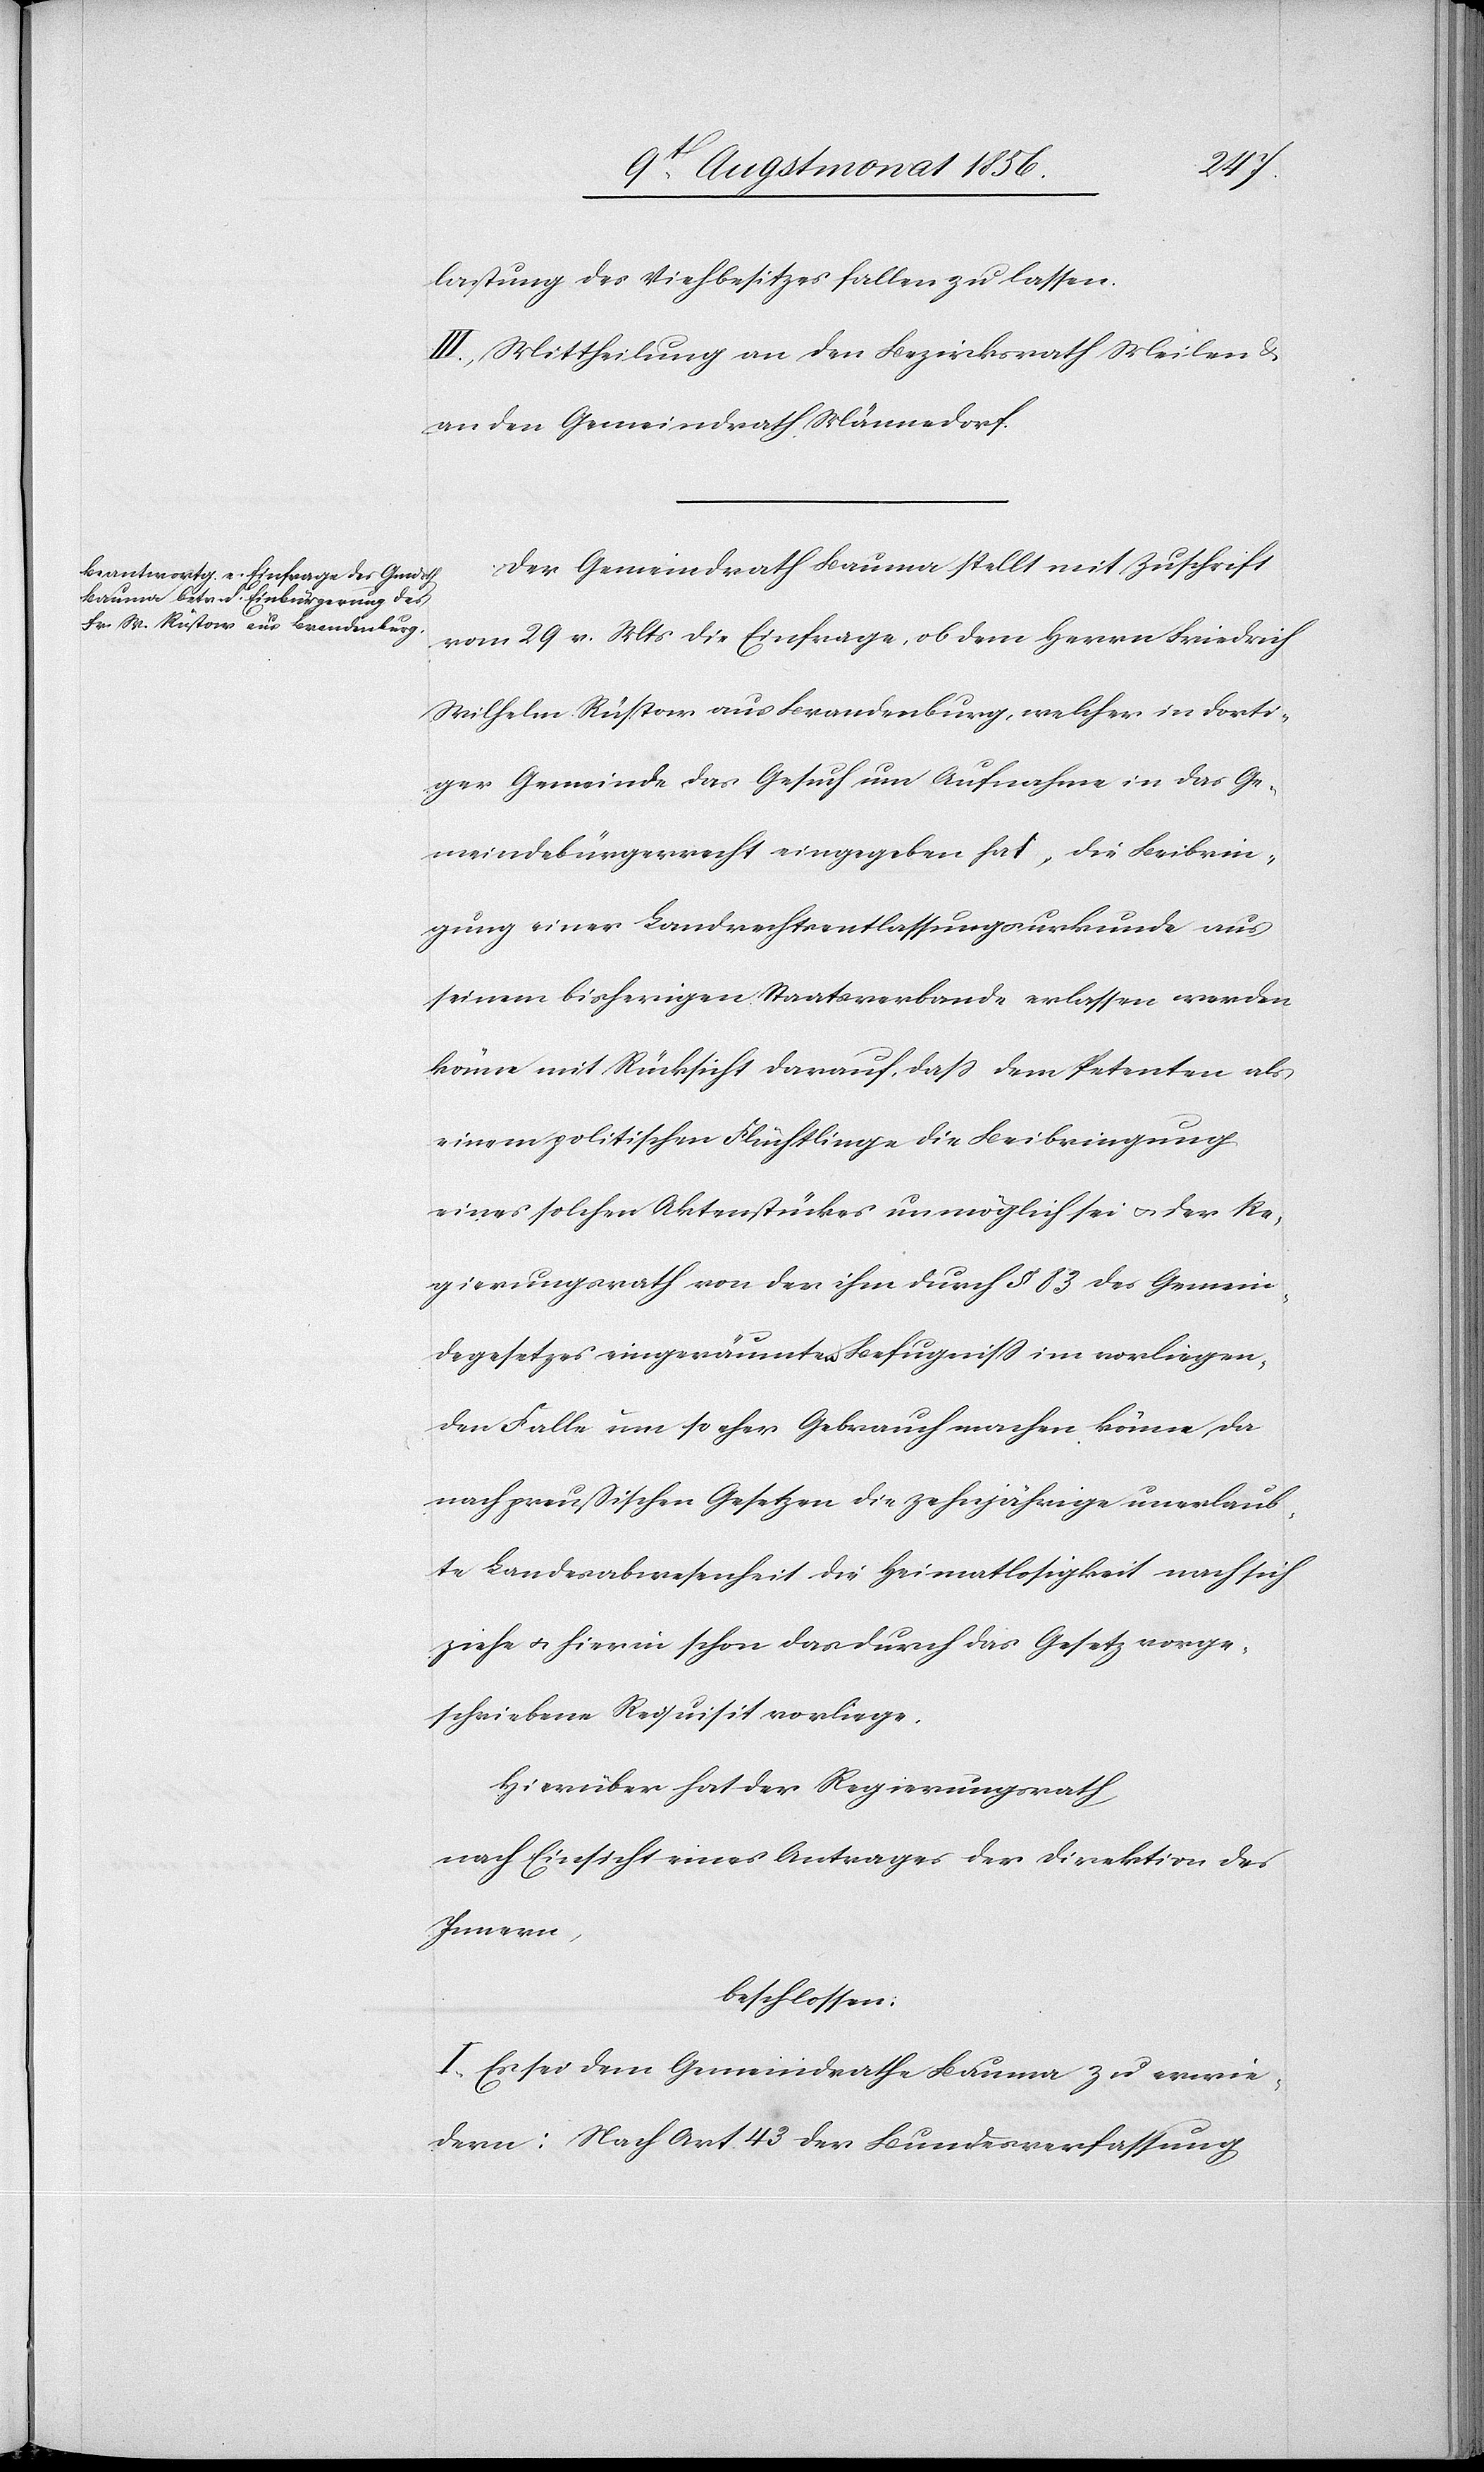
lastung des Viehbesitzes fallen zu lassen.
III.) Mittheilung an den Bezirksrath Meilen &
an den Gemeindrath Männedorf.
Der Gemeindrath Bauma stellt mit Zuschrift
vom 29. v. Mts die Einfrage, ob dem Herrn Friedrich
Wilhelm Rüstow aus Brandenburg, welcher in dorti¬
ger Gemeinde das Gesuch um Aufnahme in das Ge¬
meindebürgerrecht eingegeben hat, die Beibrin¬
gung einer Landrechtsentlassungsurkunde aus
seinem bisherigen Staatsverbande erlassen werden
könne mit Rücksicht darauf, dass dem Petenten als
einem politischen Flüchtlinge die Beibringung
eines solchen Aktenstückes unmöglich sei u. der Re¬
gierungsrath von der ihm durch § 83 des Gemein¬
degesetzes eingeräumten Befugniss im vorliegen¬
den Fall um so eher Gebrauch machen könne, da
nach preußischen Gesetzen die zehnjährige unerlaub¬
te Landesabwesenheit die Heimatlosigkeit nach sich
ziehe u. hierin schon das durch das Gesetz vorge¬
schriebene Requisit vorliege.
Hierüber hat der Regierungsrath,
nach Einsicht eines Antrages der Direktion des
Innern,
beschlossen:
I.) Es sei dem Gemeindrathe Bauma zu erwie¬
dern: Nach Art. 43 der Bundesverfassung